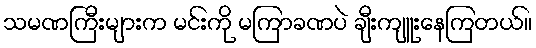
သမဏကြီးများက မင်းကို မကြာခဏပဲ ချီးကျူးနေကြတယ်။